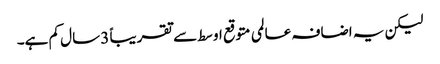
لیکن یہ اضافہ عالمی متوقع اوسط سے تقریباً 3 سال کم ہے۔